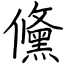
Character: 儵